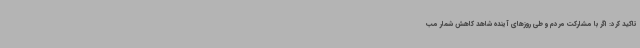
تاکید کرد: اگر با مشارکت مردم و طی روزهای آینده شاهد کاهش شمار مب